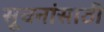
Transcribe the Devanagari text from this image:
सूचनांसाठी